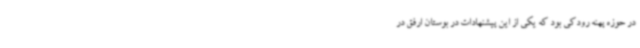
در حوزه پهنه رودکی بود که یکی از این پیشنهادات در بوستان ارفق در